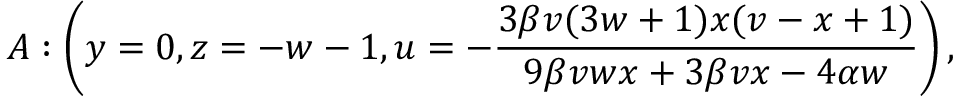
A : \left( y = 0 , z = - w - 1 , u = - \frac { 3 \beta v ( 3 w + 1 ) x ( v - x + 1 ) } { 9 \beta v w x + 3 \beta v x - 4 \alpha w } \right) ,